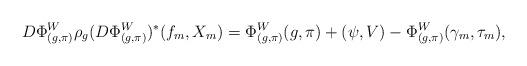
LaTeX: \begin{align*}D\Phi^W_{(g, \pi)}\rho_g (D\Phi^W_{(g,\pi)})^* (f_m, X_m)= \Phi^W_{(g,\pi)} (g,\pi) + (\psi, V) - \Phi^W_{(g,\pi)}(\gamma_m, \tau_m),\end{align*}